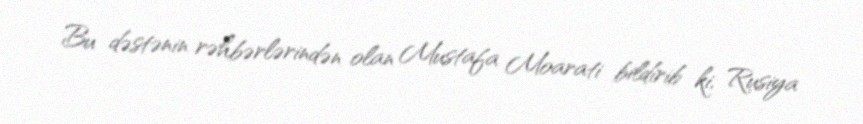
Bu dəstənin rəhbərlərindən olan Mustafa Moarati bildirib ki, Rusiya